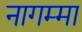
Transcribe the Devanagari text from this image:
नागम्मा